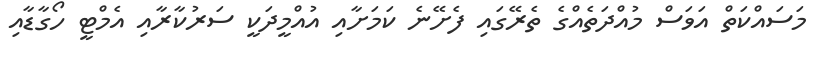
މަސައްކަތް އަވަސް މުއްދަތެެއްގެ ތެރޭގައި ފެށޭނެ ކަމަށާއި އުއްމީދަކީ ސަރުކާރާއި އެމްޓީ ހޯގާޑާއި